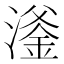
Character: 㵚